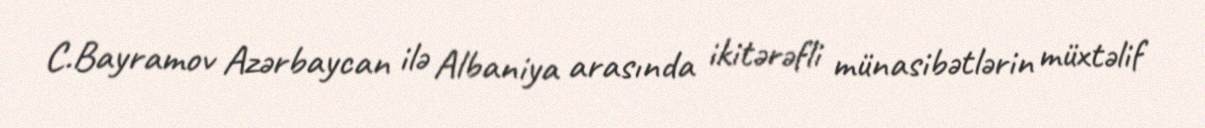
C.Bayramov Azərbaycan ilə Albaniya arasında ikitərəfli münasibətlərin müxtəlif